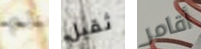
ثم ثقيل أقامر